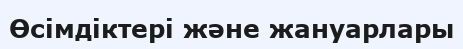
Өсімдіктері және жануарлары